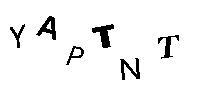
YAPTNT